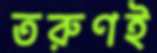
তরুণই